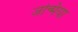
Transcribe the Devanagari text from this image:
जन्मिया